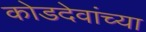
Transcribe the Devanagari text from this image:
कोडदेवांच्या